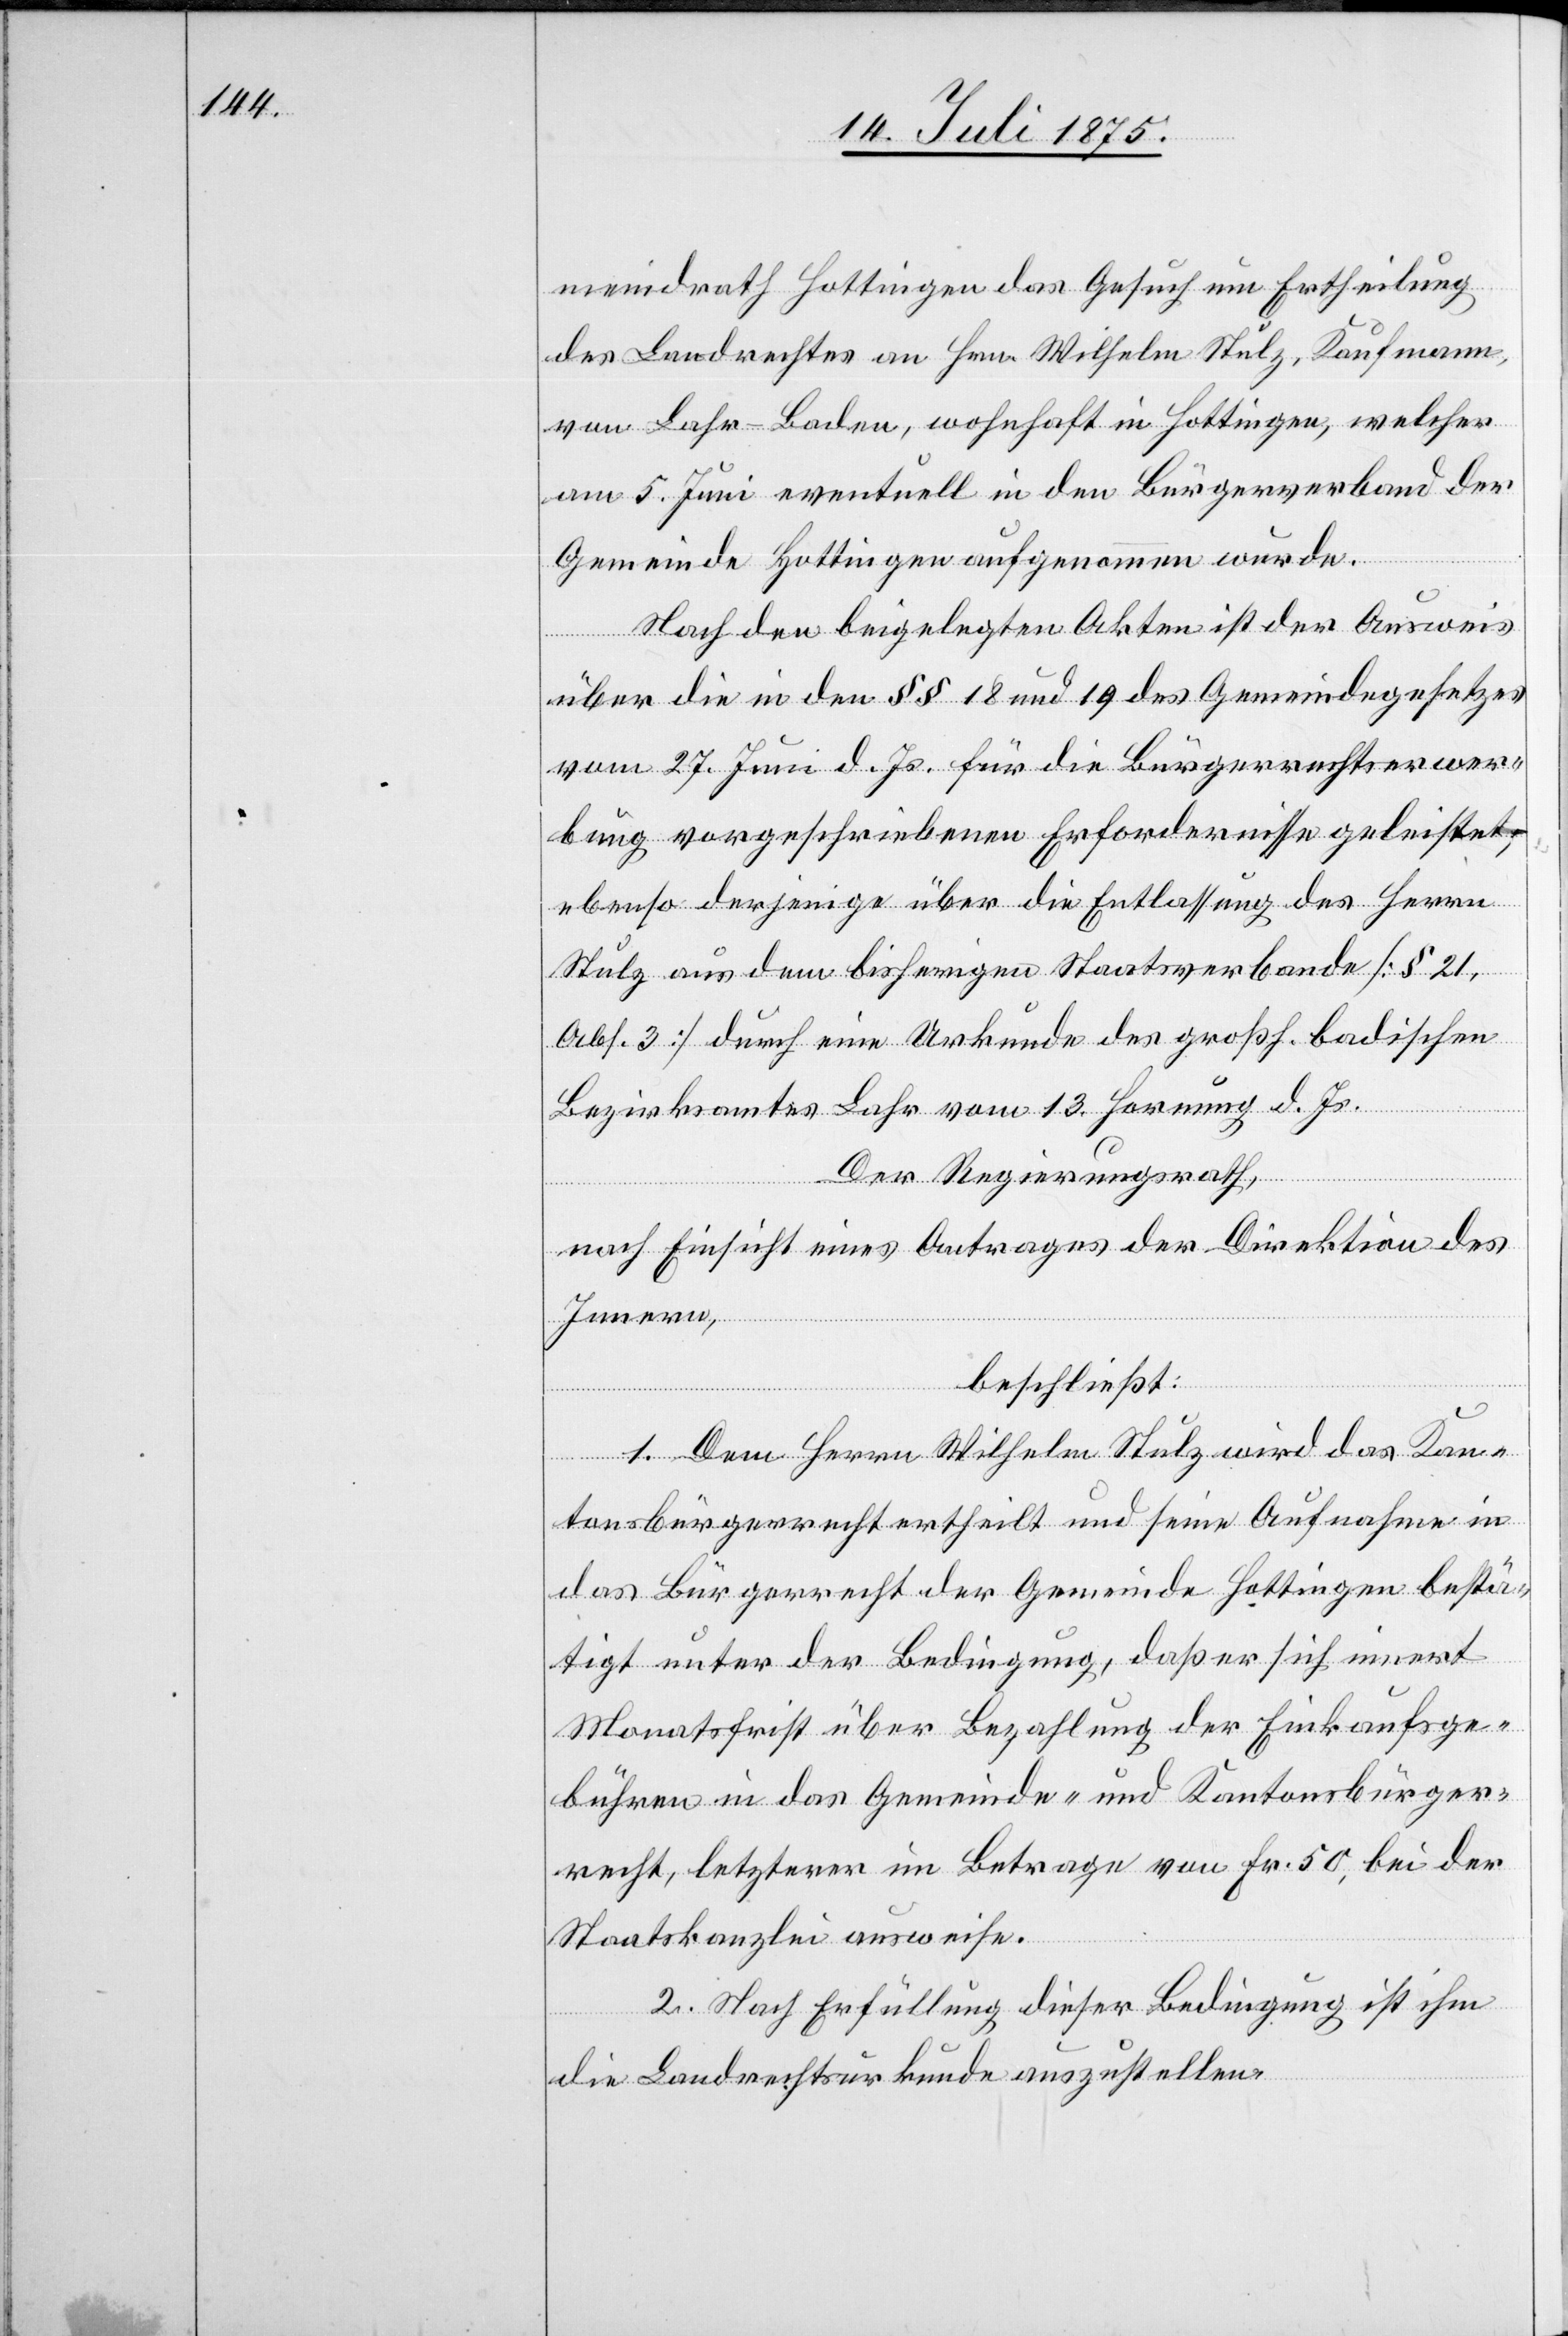
meindrath Hottingen das Gesuch um Ertheilung
des Landrechtes an Hrn. Wilhelm Stulz, Kaufmann,
von Lahr - Baden, wohnhaft in Hottingen, welcher
am 5. Juni eventuell in den Bürgerverband der
Gemeinde Hottingen aufgenommen wurde.
Nach den beigelegten Akten ist der Ausweis
über die in den § 18 und 19 des Gemeindegesetzes
vom 27. Juni d. Js. für die Bürgerrechtserwer¬
bung vorgeschriebenen Erfordernisse geleistet,
ebenso derjenige über die Entlassung des Herrn
Stulz aus dem bisherigen Staatsverbande [§ 21,
Abs. 3] durch eine Urkunde des großh. badischen
Bezirksamtes Lahr vom 13. Hornung d. Js.
Der Regierungsrath,
nach Einsicht eines Antrages der Direktion des
Innern,
beschließt:
1. Dem Herrn Wilhelm Stulz wird das Kan¬
tonsbürgerrecht ertheilt und seine Aufnahme in
das Bürgerrecht der Gemeinde Hottingen bestä¬
tigt unter der Bedingung, daß er sich innert
Monatsfrist über Bezahlung der Einkaufsge¬
bühren in das Gemeinde- und Kantonsbürger¬
recht, letzterer im Betrage von Fr. 50, bei der
Staatskanzlei ausweise.
2. Nach Erfüllung dieser Bedingung ist ihm
die Landrechtsurkunde auszustellen.